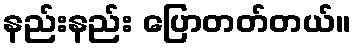
နည်းနည်း ပြောတတ်တယ်။